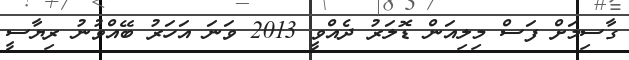
ގާސިމަށް ފަސް މިލިއަން ޑޮލަރު ދެއްވީ 2013 ވަނަ އަހަރު ބޭއްވުނު ރިޔާސީ